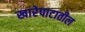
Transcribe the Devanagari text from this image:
खारेपाटातील